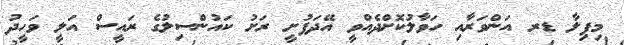
މިފިލާ ޑރ އަންވަރާއި ހަވާލުކޮށްދެއްވީ އޭދަފުށީ ރަށު ކައުންސިލުގެ ރައީސް އަލީ ވަހީދު